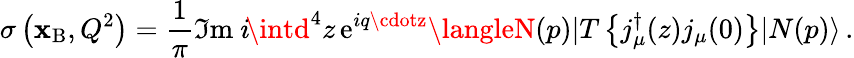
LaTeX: \sigma\left(\mathbf{x}_{\mathrm{{B}}},Q^{2}\right)=\frac{{1}}{{\pi}}\Im\mathrm{{m}}\ i\! \intd^{4}z\, \mathrm{{e}}^{iq\cdotz}\langleN(p)|T\left\{ j_{\mu}^{\dagger}(z)j_{\mu}(0)\right\} |N(p)\rangle\, .